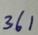
3 6 1